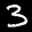
Label: 3